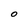
Character: O